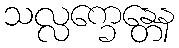
သလ္လက္ခေန္တေန